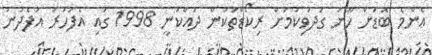
އެންމެ ބޮޑަށް ހޫނު ގަދަވިކަމަށް ރިކޯޑްތަކުން ދައްކަނީ 1998 ގައި އެފަހަރު އުފެދުނު